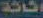
اثاثة